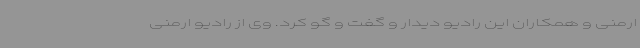
ارمنی و همکاران این رادیو دیدار و گفت و گو کرد. وی از رادیو ارمنی